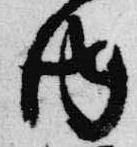
内